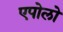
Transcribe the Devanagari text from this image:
एपोलो